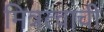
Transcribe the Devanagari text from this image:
मित्रत्वाची